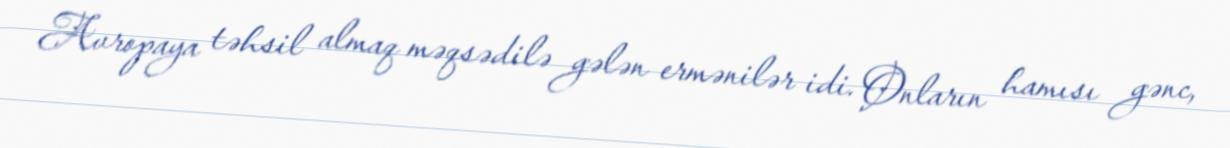
Avropaya təhsil almaq məqsədilə gələn ermənilər idi. Onların hamısı gənc,